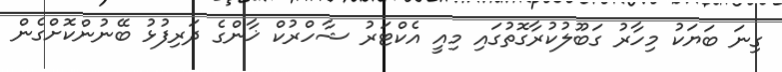
ގިނަ ބަޔަކު މިހާރު ގަބޫލުކުރާގޮތުގައި މިއީ އެކްޓަރު ޝާހްރުކް ޚާންގެ ދަރިފުޅު ބޭނުންކޮށްގެން